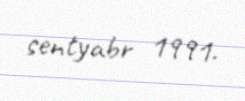
sentyabr 1991.